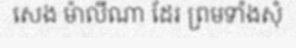
សេង ម៉ាលីណា ដែរ ព្រមទាំងសុំ